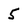
Character: 5